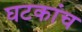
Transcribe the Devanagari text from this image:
घटकांच